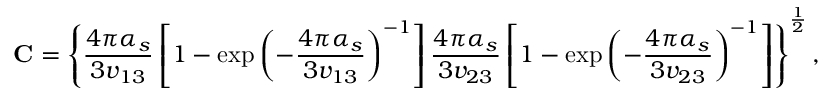
{ \bf C } = \left\{ \frac { 4 \pi \alpha _ { s } } { 3 v _ { 1 3 } } \left[ 1 - \exp \left( - \frac { 4 \pi \alpha _ { s } } { 3 v _ { 1 3 } } \right) ^ { - 1 } \right] \frac { 4 \pi \alpha _ { s } } { 3 v _ { 2 3 } } \left[ 1 - \exp \left( - \frac { 4 \pi \alpha _ { s } } { 3 v _ { 2 3 } } \right) ^ { - 1 } \right] \right\} ^ { \frac { 1 } { 2 } } ,